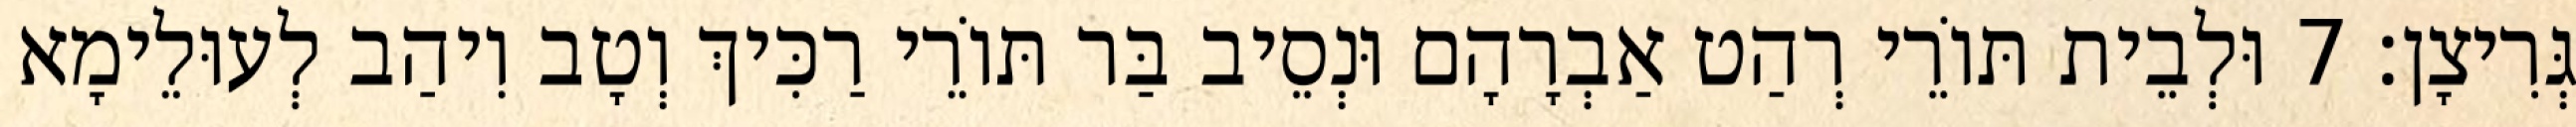
גְּרִיצָן׃ 7 וּלְבֵית תּוֹרֵי רְהַט אַבְרָהָם וּנְסֵיב בַּר תּוֹרֵי רַכִּיךְ וְטָב וִיהַב לְעוּלֵימָא